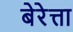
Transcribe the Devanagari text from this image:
बेरेत्ता